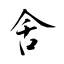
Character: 舍